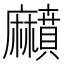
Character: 𪎰